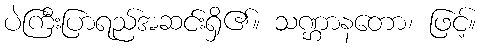
ပဲကြီးပြာရည်အဆင်းရှိ၏။ သဏ္ဌာနတော၊ ဖြင့်။